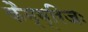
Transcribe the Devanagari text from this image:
कैम्ब्रिजः